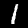
Label: 1